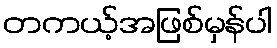
တကယ့်အဖြစ်မှန်ပါ